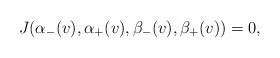
LaTeX: \begin{align*} J(\alpha_-(v),\alpha_+(v),\beta_-(v),\beta_+(v))=0,\end{align*}